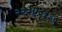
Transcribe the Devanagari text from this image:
२२२४२१२५